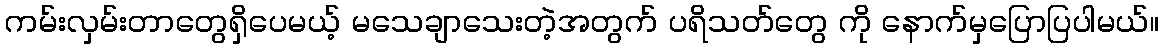
ကမ်းလှမ်းတာတွေရှိပေမယ့် မသေချာသေးတဲ့အတွက် ပရိသတ်တွေ ကို နောက်မှပြောပြပါမယ်။